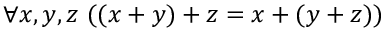
\forall x , y , z \ ( ( x + y ) + z = x + ( y + z ) )